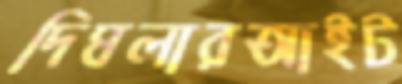
দিঘলারআইট